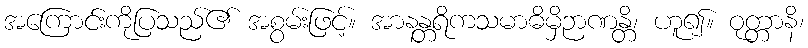
အကြောင်းကိုပြသည်၏ အစွမ်းဖြင့်။ အာနန္တရိကသမာဓိမှိဉာဏန္တိ၊ ဟူ၍။ ဝုတ္တာနိ၊